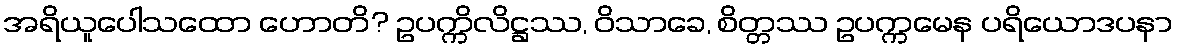
အရိယူပေါသထော ဟောတိ? ဥပက္ကိလိဋ္ဌဿ, ဝိသာခေ, စိတ္တဿ ဥပက္ကမေန ပရိယောဒပနာ